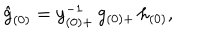
LaTeX: \hat { g } _ { ( 0 ) } = y _ { ( 0 ) + } ^ { - 1 } \, g _ { ( 0 ) + } \, h _ { ( 0 ) } ,